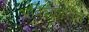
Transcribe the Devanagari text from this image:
अविश्कारीत